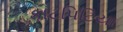
કાટપિટિયા